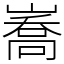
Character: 㠐